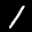
Label: 1